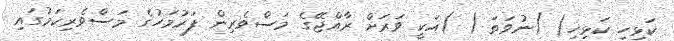
ކަޅިހި ކަޅިހި( )ނުވަތަ ( )އަކީ ވަރަށް ރާއްޖޭގެ މަސްވެރިން ފަރުމަހުގެ މަސްވެރިކަމުގައި